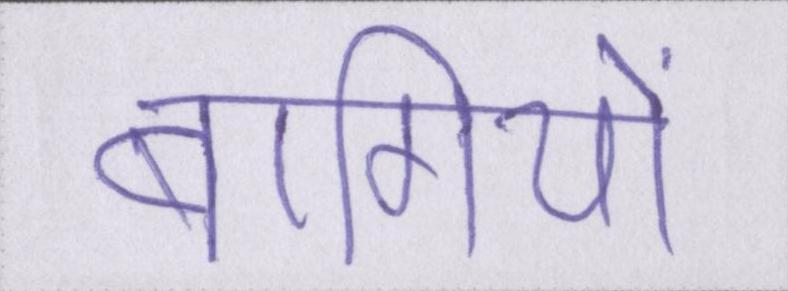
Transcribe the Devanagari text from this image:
बागियों